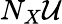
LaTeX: N_{X}{\mathcal{U}}